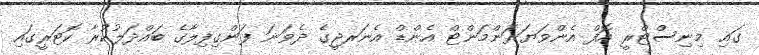
ގައި މިނިސްޓްރީ އޮފް އެންވަޔަރަންމަންޓް އެންޑް އެނަރޖީގެ ދެވަނަ ފަންގިފިލާގެ ބައްދަލުކުރާ ކޮޓަރީގައި